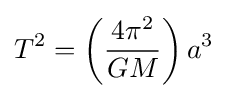
T^{2}=\left({4\pi ^{2} \over {GM}}\right)a^{3}